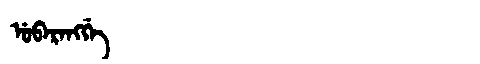
Manchu: ᡠᠪᠠᡵᠠᠩᡤᡝ
Romanization: UBARANGGE